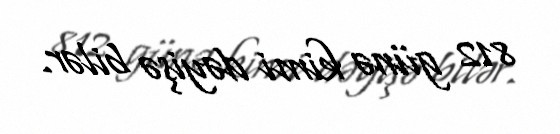
812 günə kimi dəyişə bilər.